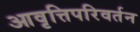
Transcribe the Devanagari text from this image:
आवृत्तिपरिवर्तन